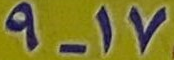
17-9